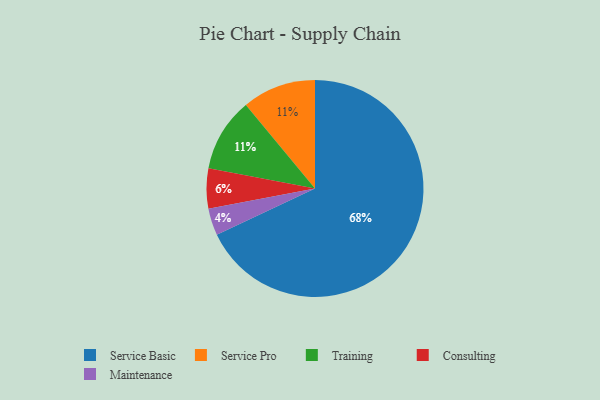
{"axis": {"x": "Category", "y": "Percentage"}, "legend": ["Consulting", "Maintenance", "Service Basic", "Service Pro", "Training"], "data": [{"x": "Maintenance", "y": 4, "type": "Maintenance"}, {"x": "Service Pro", "y": 11, "type": "Service Pro"}, {"x": "Service Basic", "y": 68, "type": "Service Basic"}, {"x": "Consulting", "y": 6, "type": "Consulting"}, {"x": "Training", "y": 11, "type": "Training"}]}